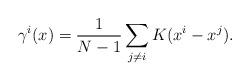
LaTeX: \begin{align*}\gamma^i(x) = \frac1{N-1}\sum_{j\neq i}K(x^i - x^j).\end{align*}